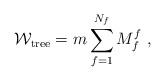
LaTeX: \begin{align*}{\cal W}_{\rm tree} = m\sum_{f=1}^{N_f} M_f^f~,\end{align*}